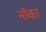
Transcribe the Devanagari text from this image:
नॉका